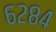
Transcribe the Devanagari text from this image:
६२८४